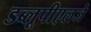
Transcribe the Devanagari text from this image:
डब्लूपीएलजे